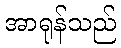
အာရုန်သည်